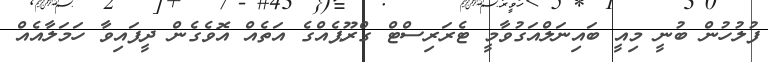
ފުލުހުން ބުނީ މިއީ ބައިނަލްއަގުވާމީ ޓެރަރިސްޓް ގްރޫޕެއްގެ އަތެއް އޮވެގެން ދީފައިވާ ހަމަލާއެއް